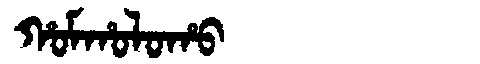
Manchu: ᡥᠣᠮᡥᠣᠯᠣᡥᠣ
Romanization: HOMHOLOHO